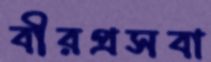
বীরপ্রসবা